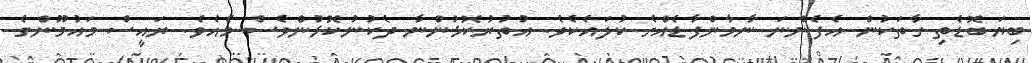
ބިޔަބޮޑެތި ގާތަކުން އެފެންނަ ނާމާންފާޑެއްގެ ކުލައެކެވެ. އުތުރުކޮޅުންނާ ދެކުނުކޮޅުންވެސް މެއެވެ. ރައީސް މައުމޫންގެ